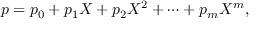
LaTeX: p = p _ { 0 } + p _ { 1 } X + p _ { 2 } X ^ { 2 } + \cdots + p _ { m } X ^ { m } ,